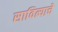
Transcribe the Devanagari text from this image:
सावित्याचे